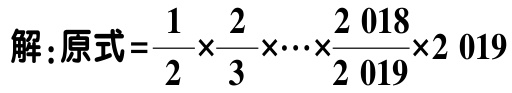
解：原式=\(\frac{1}{2}\times\frac{2}{3}\times\cdots\times\frac{2\ 018}{2\ 019}\times2\ 019\)